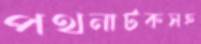
পথনাটকসহ